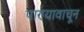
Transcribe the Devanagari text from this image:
पाण्यावाचून